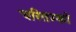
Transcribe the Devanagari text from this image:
चरितम्को